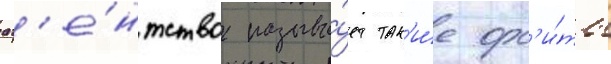
аг'е́нтство называ́ет так'и́е орб'и́ты